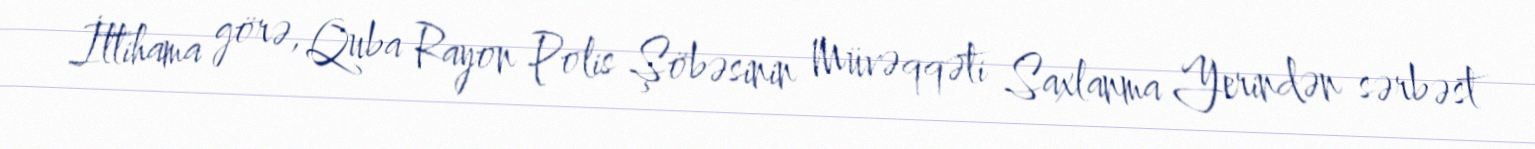
İttihama görə, Quba Rayon Polis Şöbəsinin Müvəqqəti Saxlanma Yerindən sərbəst